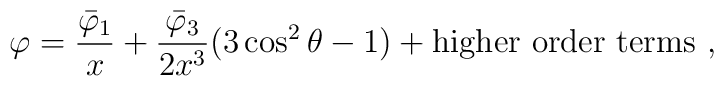
\varphi = \frac{\bar{\varphi}_1}{x} + \frac{\bar{\varphi}_3}{2x^3}(3 \cos^2\theta -1 )+ {\rm higher}\ {\rm order}\ {\rm terms}   \ ,